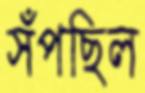
সঁপছিল